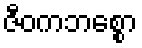
ဇီဝကဘစ္စော